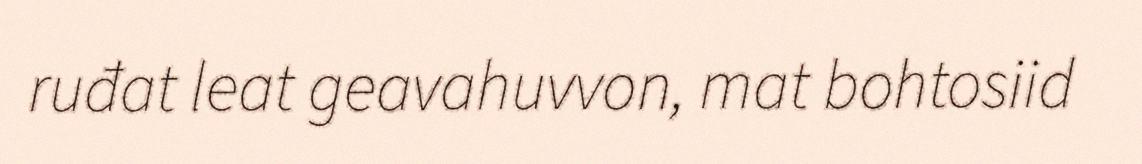
ruđat leat geavahuvvon, mat bohtosiid